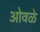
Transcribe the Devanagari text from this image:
ओवळे